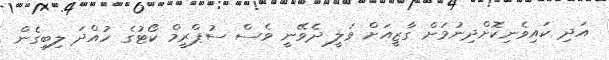
އަދި ކައިވެނިކޮށްދިނުމަށް ގާޒީއަށް ވަލީ ދެވޭނީ ވެސް ސުޕްރީމް ކޯޓުގެ ހުއްދަ ލިބިގެން